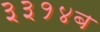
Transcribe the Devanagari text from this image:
३३१४ब